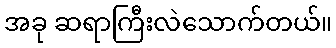
အခု ဆရာကြီးလဲသောက်တယ်။